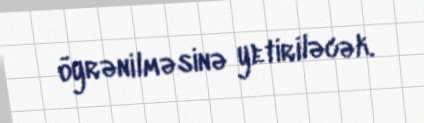
öyrənilməsinə yetiriləcək.